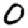
Digit: 0